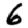
Digit: 6